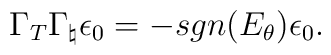
\Gamma_T \Gamma_{\natural} \epsilon_0 = - sgn(E_{\theta}) \epsilon_0.